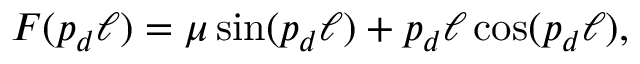
F ( p _ { d } \ell ) = \mu \sin ( p _ { d } \ell ) + p _ { d } \ell \cos ( p _ { d } \ell ) ,